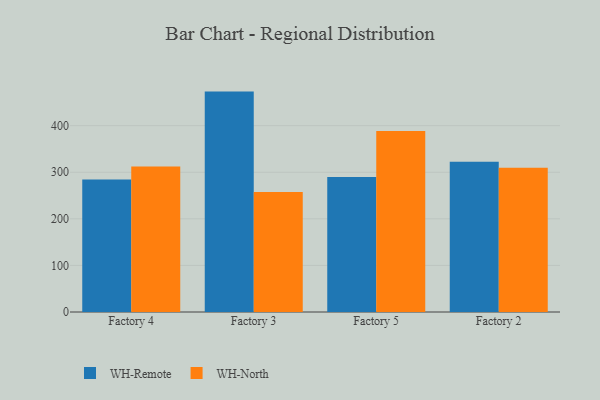
{"axis": {"x": "Factory", "y": "Net Income (USD K)"}, "legend": ["WH-North", "WH-Remote"], "data": [{"x": "Factory 4", "y": 284.2, "type": "WH-Remote"}, {"x": "Factory 4", "y": 312.1, "type": "WH-North"}, {"x": "Factory 3", "y": 473.1, "type": "WH-Remote"}, {"x": "Factory 3", "y": 257.8, "type": "WH-North"}, {"x": "Factory 5", "y": 289.8, "type": "WH-Remote"}, {"x": "Factory 5", "y": 388.5, "type": "WH-North"}, {"x": "Factory 2", "y": 322.3, "type": "WH-Remote"}, {"x": "Factory 2", "y": 309.9, "type": "WH-North"}]}